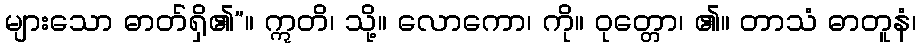
များသော ဓာတ်ရှိ၏”။ ဣတိ၊ သို့။ လောကော၊ ကို။ ဝုတ္တော၊ ၏။ တာသံ ဓာတူနံ၊